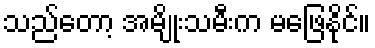
သည်တော့ အမျိုးသမီးက မဖြေနိုင်။